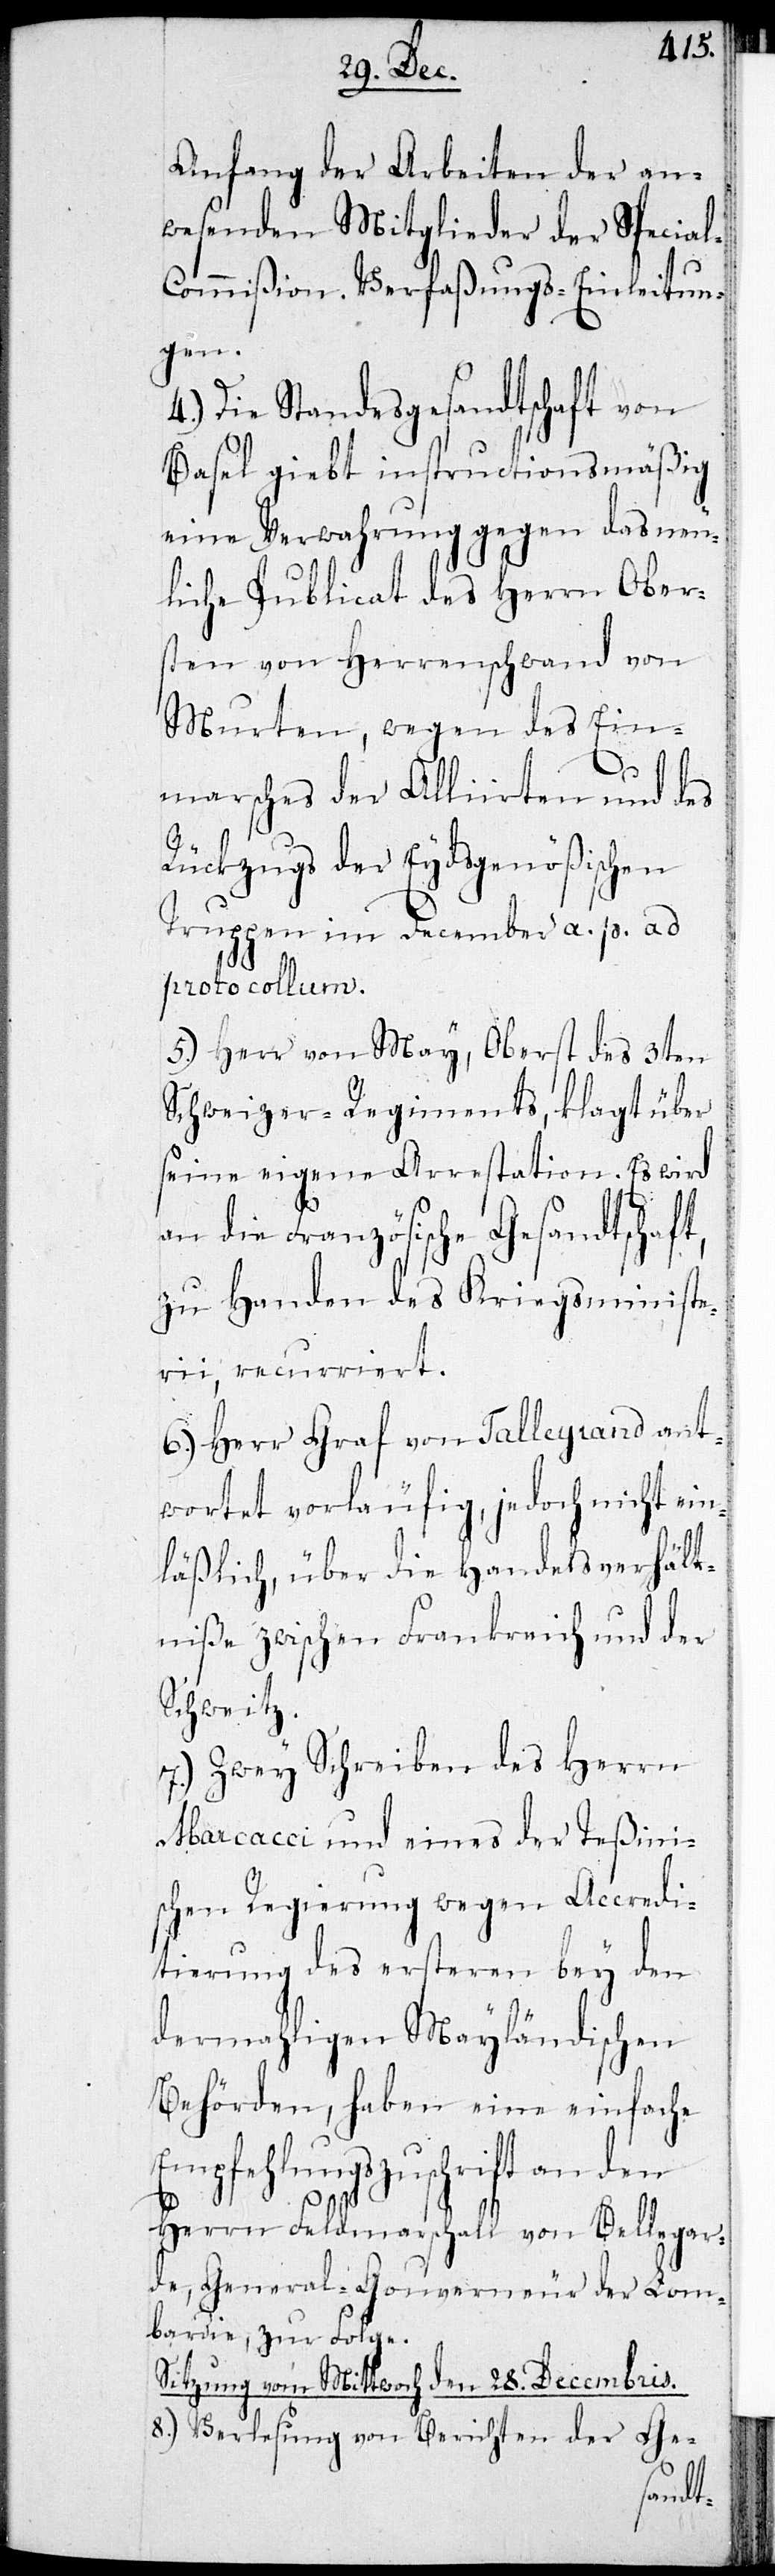
Anfang der Arbeiten der an¬
wesenden Mitglieder der Special-C¬
ommißion. Verfaßungs-Einleitun¬
gen.
4.) Die Standesgesandtschaft von
Basel giebt instructionsmäßig
eine Verwahrung gegen das neu¬
e Publicat des Herrn Ober¬
sten von Herrenschwand von
Murten, wegen des Ein¬
marsches der Alliirten und des
Rückzugs der Eydsgenößischen
Truppen im December a. p. ad
protocollum.
5.) Herr von May, Oberst des 3ten
Schweizer-Regiments, klagt über
seine eigene Arrestation. Es wird
an die Französische Gesandtschaft,
zu Handen des Kriegsministe¬
rii, recurriert.
6.) Herr Graf von Talleyrand ant¬
wortet vorläufig, jedoch nicht ein¬
läßlich, über die Handelsverhält¬
niße zwischen Frankreich und der
Schweitz.
7.) Zwey Schreiben des Herrn
Marcacci und eines der Teßini¬
schen Regierung wegen Akkredi¬
tierung des ersteren bey den
dermahligen Mailändischen
Behörden, haben eine einfache
Empfehlungszuschrift an den
Herrn Feldmarschall von Bellegar¬
de, General Gouverneur der Lom¬
bardei, zur Folge.
Sitzung vom Mittwoch den 28. Decembris.
8.) Verlesung von Berichten der Ge-